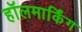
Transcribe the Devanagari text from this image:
हॉलमार्किंग